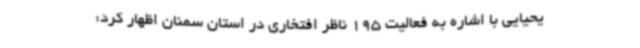
یحیایی با اشاره به فعالیت 195 ناظر افتخاری در استان سمنان اظهار کرد: